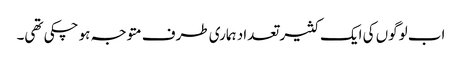
اب لوگوں کی ایک کثیر تعداد ہماری طرف متوجہ ہو چکی تھی۔